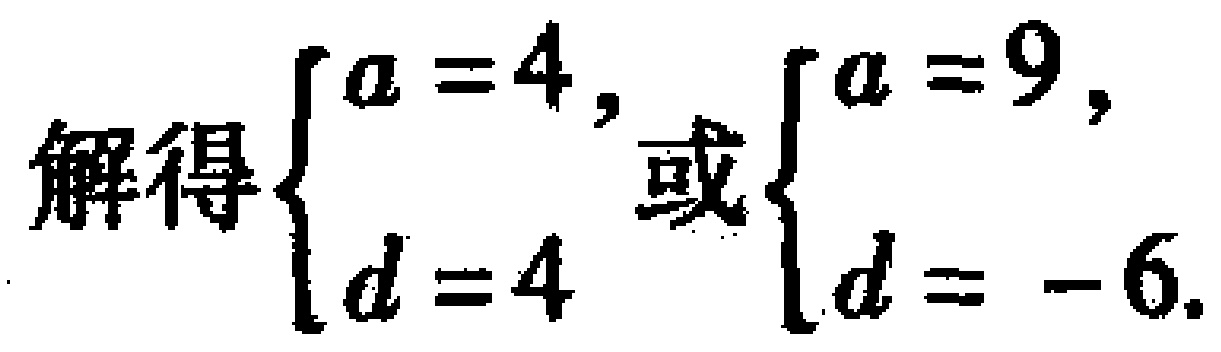
解得$\begin{cases}a = 4,\\d = 4\end{cases}$或$\begin{cases}a = 9,\\d = - 6.\end{cases}$